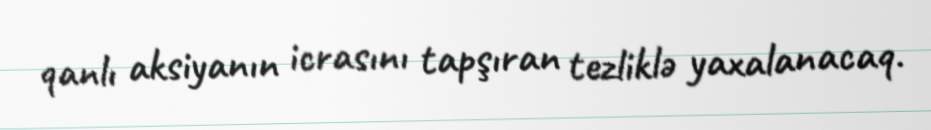
qanlı aksiyanın icrasını tapşıran tezliklə yaxalanacaq.